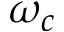
\omega _ { c }